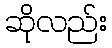
ဆိုလည်း